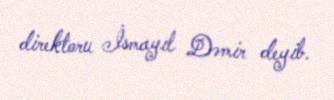
direktoru İsmayıl Dəmir deyib.